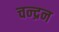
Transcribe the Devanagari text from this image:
चन्‍द्रन